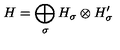
H = \bigoplus _ { \sigma } H _ { \sigma } \otimes H _ { \sigma } ^ { \prime }